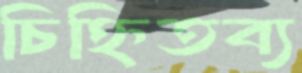
চিহ্নিতব্য